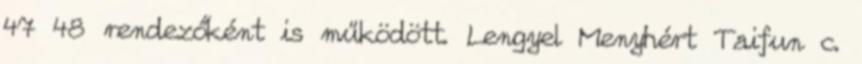
47 48 rendezőként is működött. Lengyel Menyhért Taifun c.